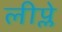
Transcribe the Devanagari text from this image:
लीप्ले